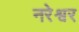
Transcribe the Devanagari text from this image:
नरेश्वर